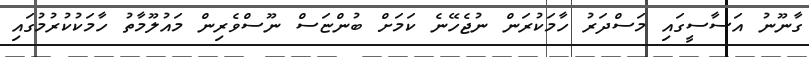
ގާނޫނު އަސާސީގައި މަސްދަރު ހާމަކުރަން ނުޖެހޭނެ ކަމަށް ބުންޏަސް ނޫސްވެރިން މައުލޫމާތު ހާމަކުކުރުމުގައި